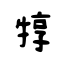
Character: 犉